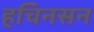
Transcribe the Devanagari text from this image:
हचिनसन